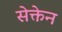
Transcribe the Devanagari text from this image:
सेक्तेन